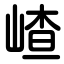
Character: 嵖